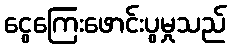
ငွေကြေးဖောင်းပွမှုသည်